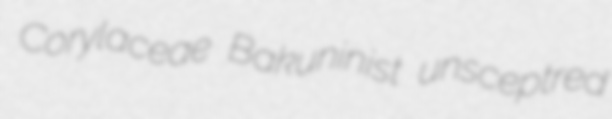
Corylaceae Bakuninist unsceptred